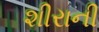
શીરાની